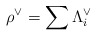
\begin{align*} \rho^\vee = \sum \Lambda^\vee_i\end{align*}